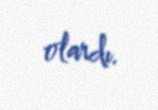
olardı.